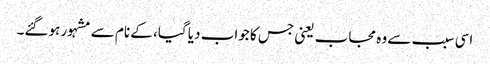
اسی سبب سے وہ مجاب یعنی جس کا جواب دیا گیا، کے نام سے مشہور ہوگئے۔